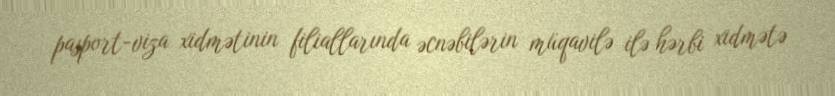
pasport-viza xidmətinin filiallarında əcnəbilərin müqavilə ilə hərbi xidmətə